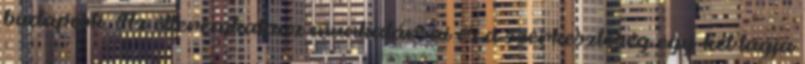
budapesti. Az étteremkalauz munkatársai és a szerkesztőség egy-két tagja